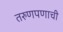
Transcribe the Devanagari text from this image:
तरुणपणाची